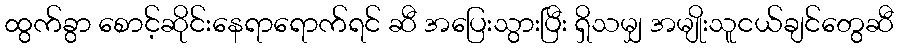
ထွက်ခွာ စောင့်ဆိုင်းနေရာရောက်ရင် ဆီ အပြေးသွားပြီး ရှိသမျှ အမျိုးသူငယ်ချင်တွေဆီ